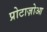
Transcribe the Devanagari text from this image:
प्रोटाज़ोआ